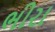
ભીરા